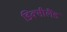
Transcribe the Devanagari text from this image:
डिक्सीलैंड